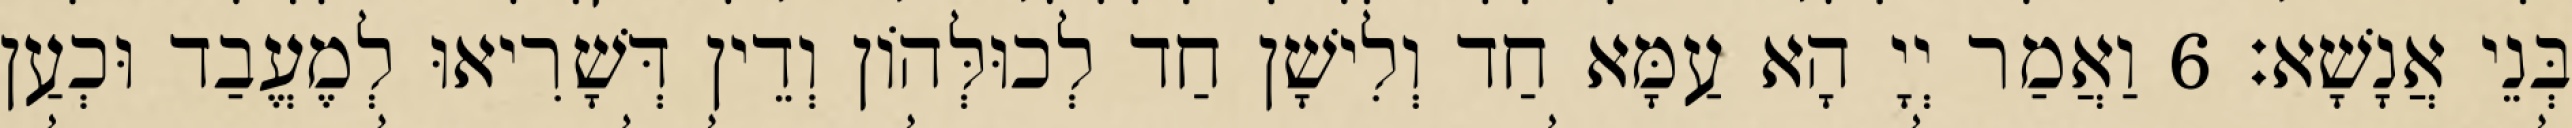
בְּנֵי אֲנָשָׁא׃ 6 וַאֲמַר יְיָ הָא עַמָּא חַד וְלִישָׁן חַד לְכוּלְּהוֹן וְדֵין דְּשָׁרִיאוּ לְמֶעֱבַד וּכְעַן